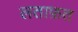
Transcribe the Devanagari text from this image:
लताफ़त